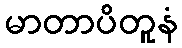
မာတာပိတူနံ